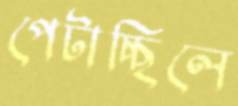
পেটাচ্ছিলে